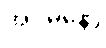
အဝိမနော